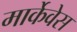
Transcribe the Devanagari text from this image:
मार्केवेस